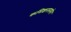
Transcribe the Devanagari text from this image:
कमिशनसमोर